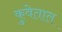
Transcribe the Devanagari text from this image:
कुवेतात